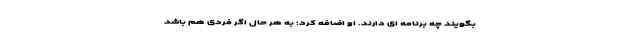
بگویند چه برنامه ای دارند. او اضافه کرد: به هر حال اگر فردی هم باشد